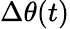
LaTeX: \Delta\theta(t)